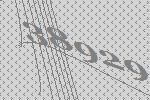
38929